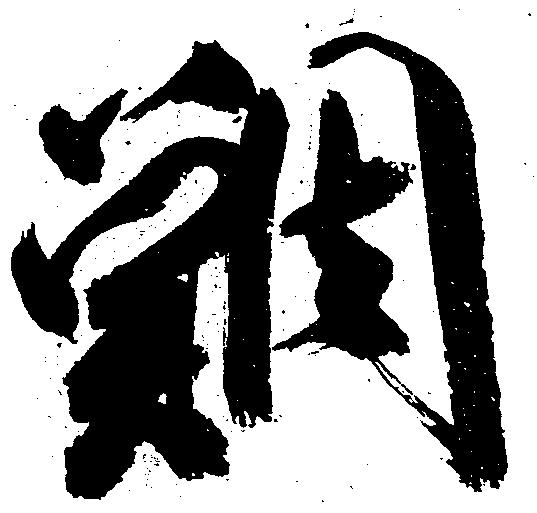
鯛